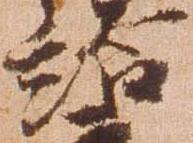
給